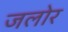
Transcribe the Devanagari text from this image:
जलोर